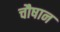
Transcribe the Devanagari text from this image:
चौषान